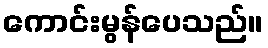
ကောင်းမွန်ပေသည်။